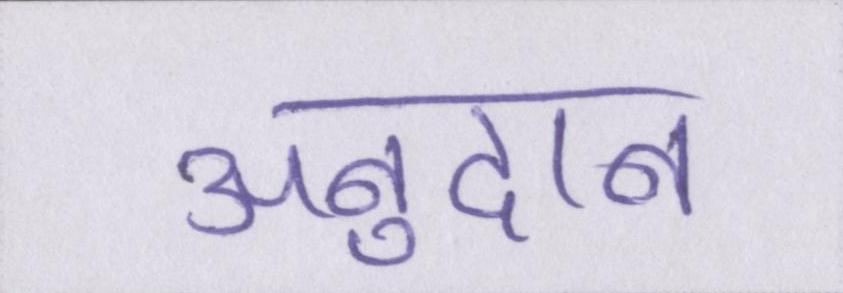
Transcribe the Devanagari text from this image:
अनुदान